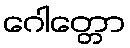
ဂေါတ္တော